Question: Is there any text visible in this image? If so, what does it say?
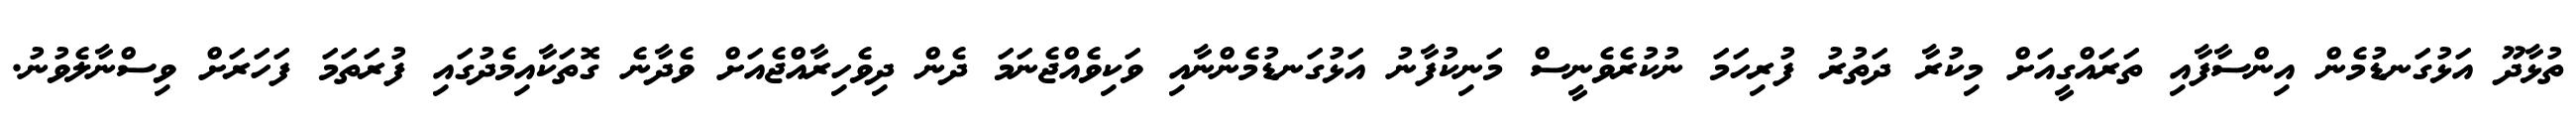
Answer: ތުޅާދޫ އަޅުގަނޑުމެން އިންސާފާއި ތަރައްގީއަށް މިކުރާ ދަތުރު ފުރިހަމަ ނުކުރެވެނީސް މަނިކުފާނު އަޅުގަނޑުމެންނާއި ވަކިވެއްޖެނަމަ ދެން ދިވެހިރާއްޖެއަށް ވެދާނެ ގޮތަކާއިމެދުގައި ފުރަތަމަ ފަހަރަށް ވިސްނާލެވުނު.